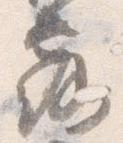
露